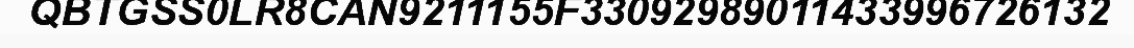
QBTGSS0LR8CAN9211155F33092989011433996726132